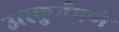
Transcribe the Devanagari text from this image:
उत्स्फुर्तपणे